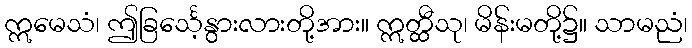
ဣမေသံ၊ ဤခြင်္သေ့နွားလားတို့အား။ ဣတ္ထီသု၊ မိန်းမတို့၌။ သာမညံ၊